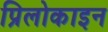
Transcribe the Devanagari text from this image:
प्रिलोकाइन